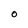
Character: O